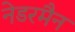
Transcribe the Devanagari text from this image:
नेडरमैन